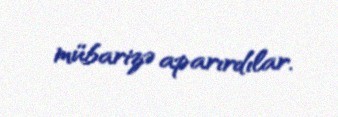
mübarizə aparırdılar.